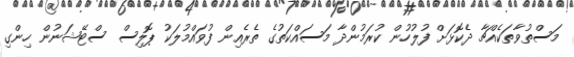
މަސްތުވާތަކެއްޗާ ދެކޮޅަށް ފުލުހުން ކުރަމުންދާ މަސައްކަތުގެ ތެރެއިން ފުވައްމުލަކު ޕޮލިސް ސްޓޭޝަނުން ހިންގި